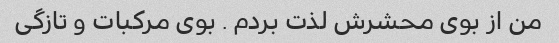
من از بوی محشرش لذت بردم . بوی مرکبات و تازگی